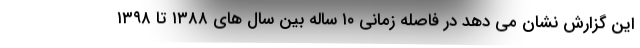
این گزارش نشان می دهد در فاصله زمانی ۱۰ ساله بین سال های ۱۳۸۸ تا ۱۳۹۸